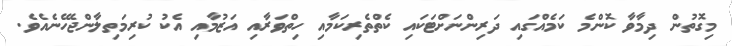
މިގޮތުން ދިމާވާ ކޮންމެ ކަމެއްގައި ދަރިންނަށްޓަކައި ކެތްތެރިކަމާއި ހިތްވަރާއި އަޒުމާއި އެކު ކުރިމަތިލާންޖެހޭނެއެވެ.